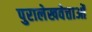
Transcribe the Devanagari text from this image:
पुरालेखवेत्ताओं